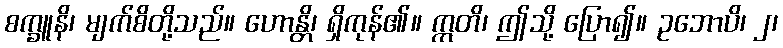
စက္ခူနိ၊ မျက်စိတို့သည်။ ဟောန္တိ၊ ရှိကုန်၏။ ဣတိ၊ ဤသို့ ပြော၍။ ဥဘောပိ၊ ၂၊